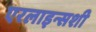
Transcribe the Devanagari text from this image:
एरलाइन्सशी